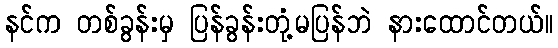
နင်က တစ်ခွန်းမှ ပြန်ခွန်းတုံ့မပြန်ဘဲ နားထောင်တယ်။